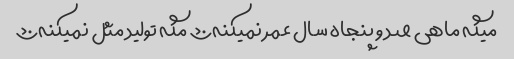
میگه ماهی صد و پنجاه سال عمر نمیکنه؟؟؟ مگه تولید مثل نمیکنه؟؟؟